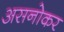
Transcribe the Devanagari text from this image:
असनोकर